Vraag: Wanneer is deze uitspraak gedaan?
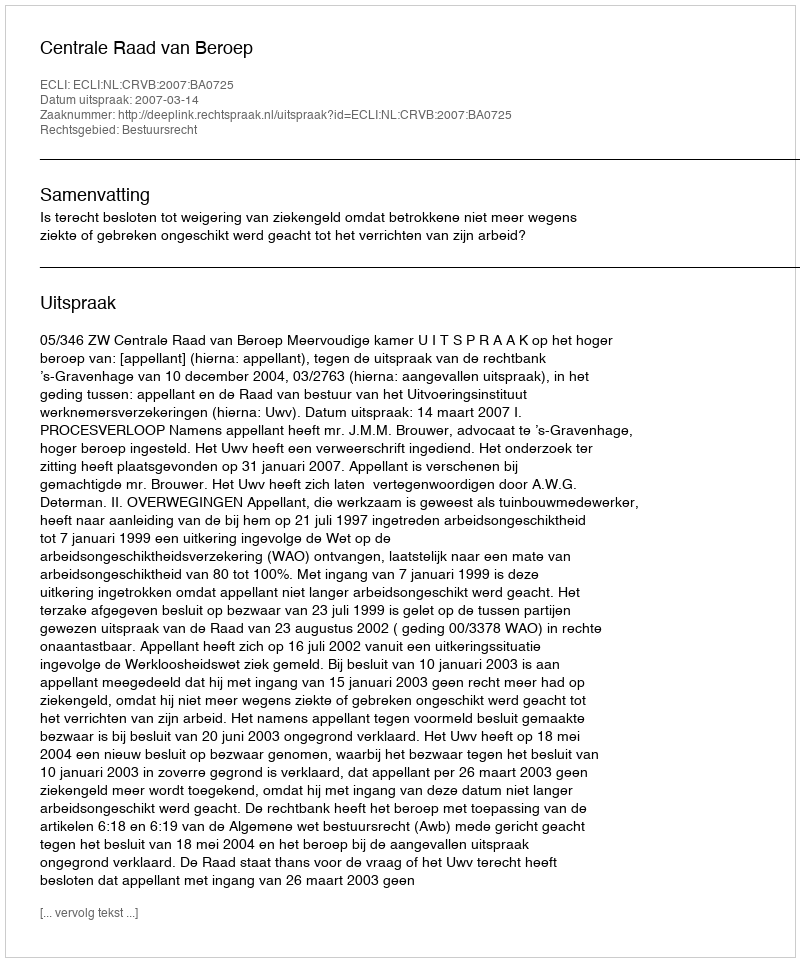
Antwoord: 2007-03-14